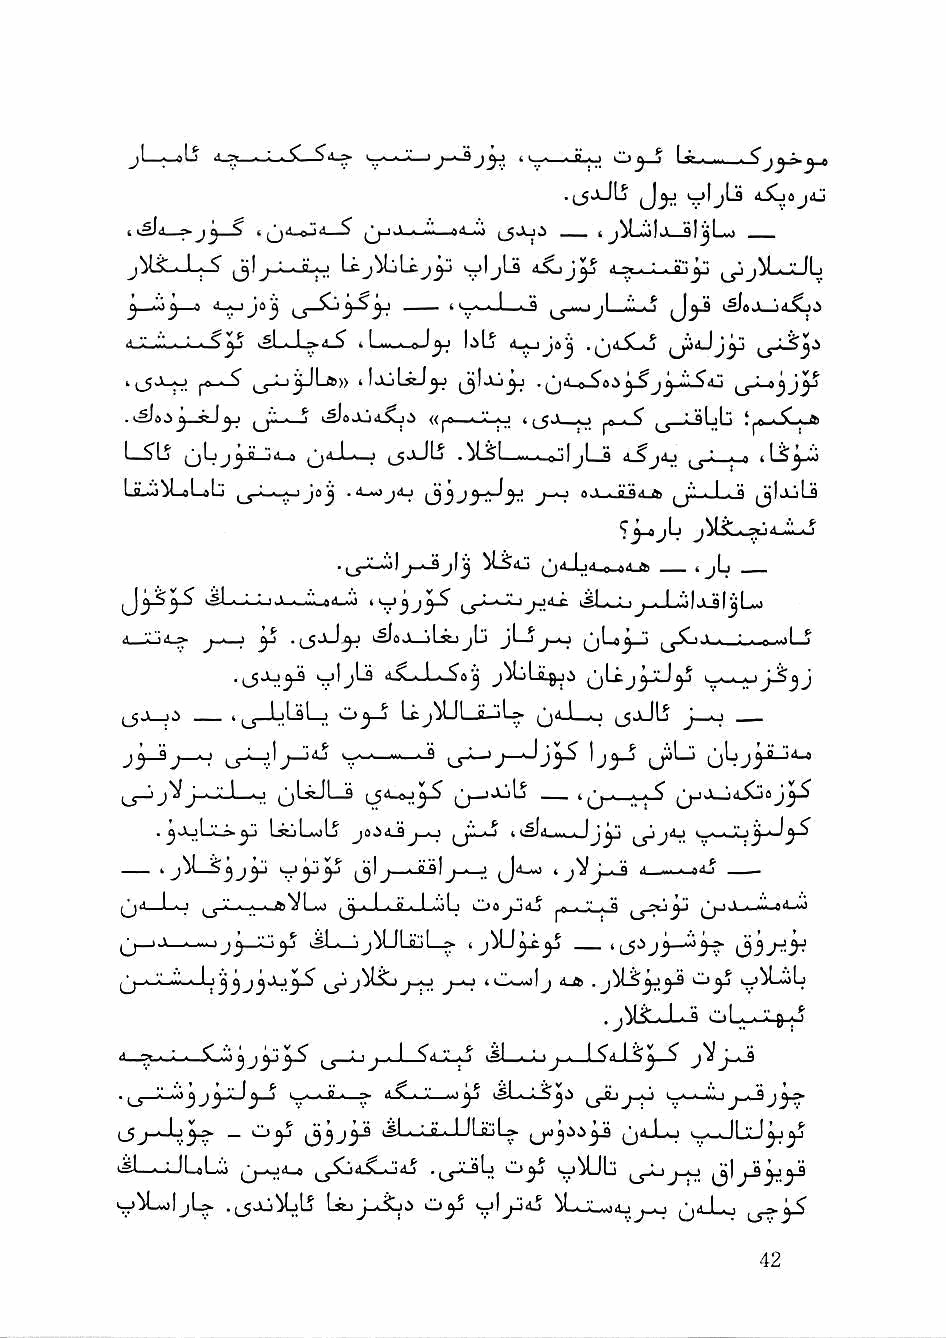
)  <v /.  Cj^
 .{^JjJlj <j|jLs 4.Sljaj4j
 'U'
 jiliLJ-;-? jj)_^_;_JLo Lc.j^Ujy yljt^   ^jiLjJLj
 j •■1^—i <l_oJe^ ^ ^ , t >^«.,g-l_i-3 jl_.Vi_o i^sJlJ<L^J
 li-V-i..-- ' »^L-i-i^4-^ » Law-^ly I.)Lj
 H_5J_j-j jO ■ ^ uJ_i^Lj6)> lijjLiJ^ .^^i-oSaiySj^JlSij
 j kSloAji^i —.J^j gjja_^ r"~*^
 LS^Lj (jLj^Ji-jil-o ^4-L«j j_5jJLj .^LSL -I . e'ljLfl 4_Sj4J ^J—i^a »
 li-J^LeLeLj |_J_L._^JSJ .4_-oj<U ^ i . o"tt.i /> . I . a ^jljiJiLs
 .   J) jlj    i^-* ^ n n' ft- «jL _
 •■"'-a'^""' 'V3J3^ J1.«-"-i
 4_iljii^ ^       k^aJLjlitjjb jl—jj_o ^C", > . ; . ^ ...I ^
 .jJJlj^ >j|__jL3 dXz-L^aj
 ^_5a __ ijjJuLsl—j O^-j LcjVJL.ii-jL» (ja l_o i^jjlJIj J—*-j —
 j'^j-^                         'j3^ U^*-"
 jVj__xJ_.j (jlssJl—S      _ g      (jjJLjaiba
 ■       bcjL^Lj jo<^a_3 ^'m • ^ ... . Jj^ '-A.-w—
 jjl J, Atqlj-^ 'J^ J~^ 4——>-»4j —
 ^4 1 - 1 ^ g g g «ijtVLsa ^ g I ■ a - I ■■■! ' Oa^^4^ ^f • v ■ g ■'■■
 ij—)i> g g.. 1 ji^'^\^ ijJ. "ijMJLiijl > ijMJ^gC^ __ I "' i3-3-^^
 jj-^jL-gggg-Jj^^j^ju^.^ j_g.j giji^Agilj gjiLijlj
 4„^.g.g.g _'C_.",) j ^ : I J. I V ■ ^ -^1 ■ ' ■j . 1 ^.1 I ^
 . g!-gg)J  l_g g B g » 4 ^ g g' ..I ^ ',-g g wJ
 i33-^i^ ggl.g.,:.a. I ILiijL^ (j''-L.j
 tsL-^-ULoLij ,j_gj4^      kii^ St'^Lj  ^jj^'yy
 "—'^LggiljL^ .(_5JjMjlj t.scjJ-g.SjJ Cjy jhij M_g'.' ■ ■'4 ;J ■ ■ jj4.J_j j K